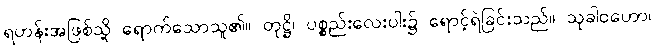
ရဟန်းအဖြစ်သို့ ရောက်သောသူ၏။ တုဋ္ဌိ၊ ပစ္စည်းလေးပါး၌ ရောင့်ရဲခြင်းသည်။ သုခါဝဟော၊